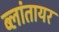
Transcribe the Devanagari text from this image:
ब्लांतायर